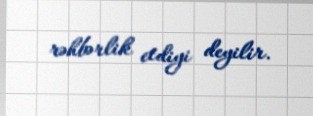
rəhbərlik etdiyi deyilir.